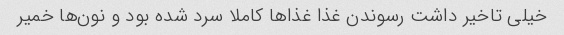
خیلی تاخیر داشت رسوندن غذا غذا‌ها کاملا سرد شده بود و نون‌ها خمیر